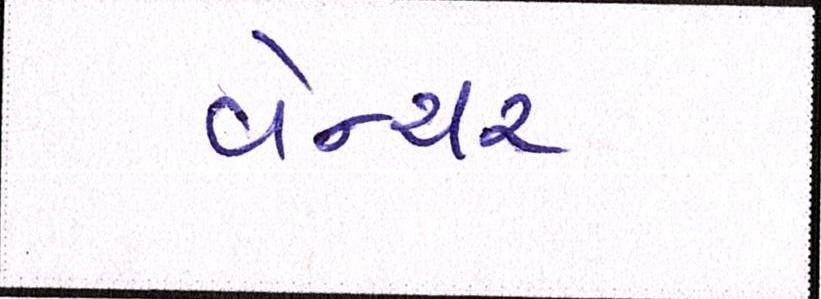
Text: વેન્ચર